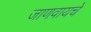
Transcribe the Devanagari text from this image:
जाणवायचे